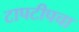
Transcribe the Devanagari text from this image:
टापटीपचा